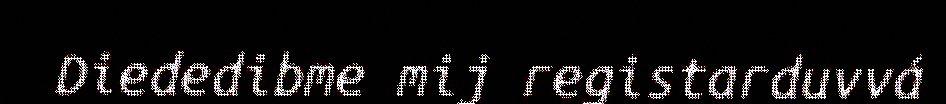
Diededibme mij registarduvvá